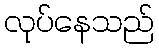
လုပ်နေသည်